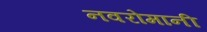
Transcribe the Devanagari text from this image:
नवरोमानी